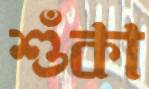
শুঁকা